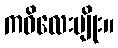
ကဝိလေးမျိုး။